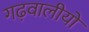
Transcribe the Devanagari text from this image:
गढ़वालीयों